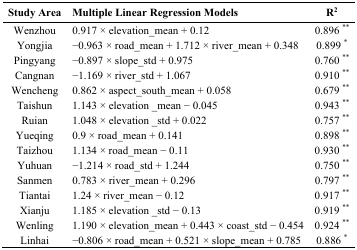
| Study Area | Multiple Linear Regression Models | R2 |
 | --- | --- | --- |
 | Wenzhou | 0.917 × elevation_mean + 0.12 | 0.896 ** |
 | Yongjia | −0.963 × road_mean + 1.712 × river_mean + 0.348 | 0.899 * |
 | Pingyang | −0.897 × slope_std + 0.975 | 0.760 ** |
 | Cangnan | −1.169 × river_std + 1.067 | 0.910 ** |
 | Wencheng | 0.862 × aspect_south_mean + 0.058 | 0.679 ** |
 | Taishun | 1.143 × elevation _mean − 0.045 | 0.943 ** |
 | Ruian | 1.048 × elevation _std + 0.022 | 0.757 ** |
 | Yueqing | 0.9 × road_mean + 0.141 | 0.898 ** |
 | Taizhou | 1.134 × road_mean − 0.11 | 0.930 ** |
 | Yuhuan | −1.214 × road_std + 1.244 | 0.750 ** |
 | Sanmen | 0.783 × river_mean + 0.296 | 0.797 ** |
 | Tiantai | 1.24 × river_mean − 0.12 | 0.917 ** |
 | Xianju | 1.185 × elevation _std − 0.13 | 0.919 ** |
 | Wenling | 1.190 × elevation_mean + 0.443 × coast_std − 0.454 | 0.924 ** |
 | Linhai | −0.806 × road_mean + 0.521 × slope_mean + 0.785 | 0.886 * |